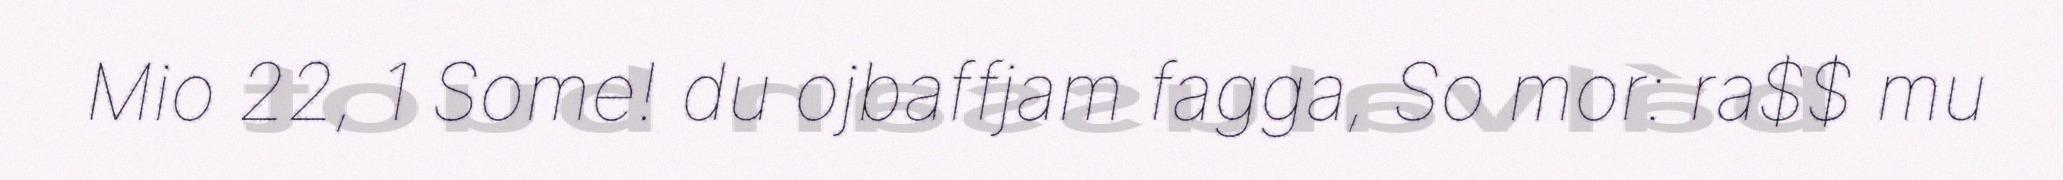
Mio 22, 1 Some! du ojbaffjam fagga, So mor: ra$$ mu